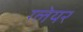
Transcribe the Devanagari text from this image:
ग्‍लेयर